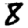
Digit: 8